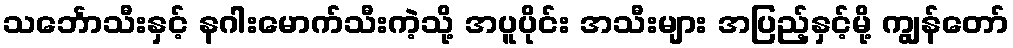
သင်္ဘောသီးနှင့် နဂါးမောက်သီးကဲ့သို့ အပူပိုင်း အသီးများ အပြည့်နှင့်မို့ ကျွန်တော်